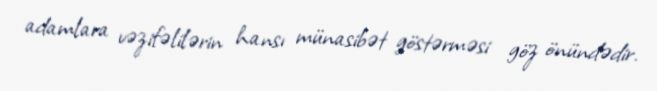
adamlara vəzifəlilərin hansı münasibət göstərməsi göz önündədir.